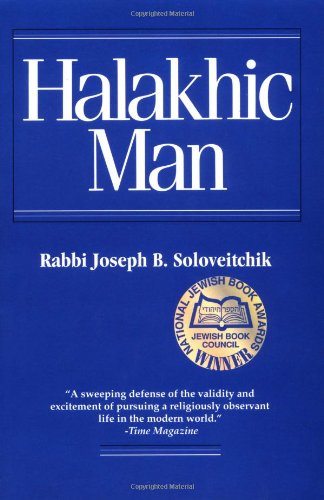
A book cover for Halakhic Man; Rabbi Joseph B. Soloveitchik; Religion & Spirituality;